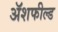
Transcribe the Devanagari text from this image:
ॲशफील्ड